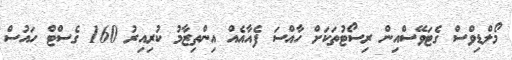
މޯލްޑިވްސް ގެޓަވޭސްއިން ރިސޯޓުތަކަށް ހާއްސަ ފެއާއެއް އިންތިޒާމު ކުރިއިރު 160 ގެސްޓް ހައުސް